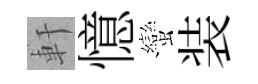
軒憶蠻装